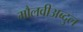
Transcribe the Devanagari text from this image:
मौलवीअब्दुल